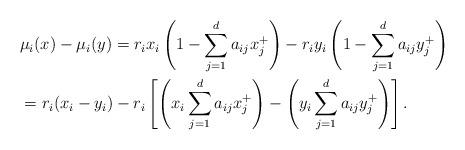
LaTeX: \begin{align*}&\mu_i(x)-\mu_i(y)=r_i x_i \left(1- \sum_{j=1}^{d}a_{ij}x_j^+ \right)-r_i y_i \left(1- \sum_{j=1}^{d}a_{ij}y_j^+ \right)\\&= r_i(x_i-y_i)-r_i\left[\left(x_i\sum_{j=1}^{d} a_{ij}x_j^+\right)-\left(y_i\sum_{j=1}^{d} a_{ij}y_j^+\right)\right].\end{align*}